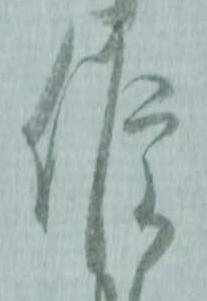
候